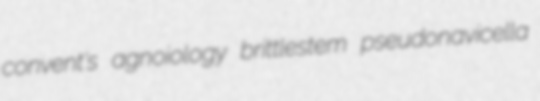
convent's agnoiology brittlestem pseudonavicella